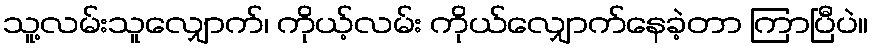
သူ့လမ်းသူလျှောက်၊ ကိုယ့်လမ်း ကိုယ်လျှောက်နေခဲ့တာ ကြာပြီပဲ။